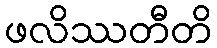
ဖလိဿတီတိ